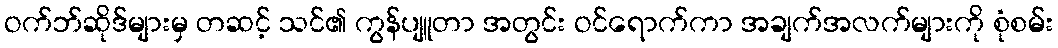
ဝက်ဘ်ဆိုဒ်များမှ တဆင့် သင်၏ ကွန်ပျူတာ အတွင်း ဝင်ရောက်ကာ အချက်အလက်များကို စုံစမ်း